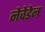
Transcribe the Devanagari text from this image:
नेवेडेन